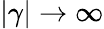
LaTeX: |\gamma|\rightarrow\infty